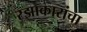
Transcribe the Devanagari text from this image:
रझाकारांचा